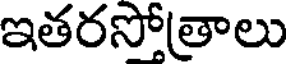
ఇతరసోత్రాలు